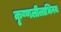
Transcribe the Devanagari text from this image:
कृष्णलीलाभिनय